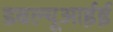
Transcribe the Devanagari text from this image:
डबल्यूआईई